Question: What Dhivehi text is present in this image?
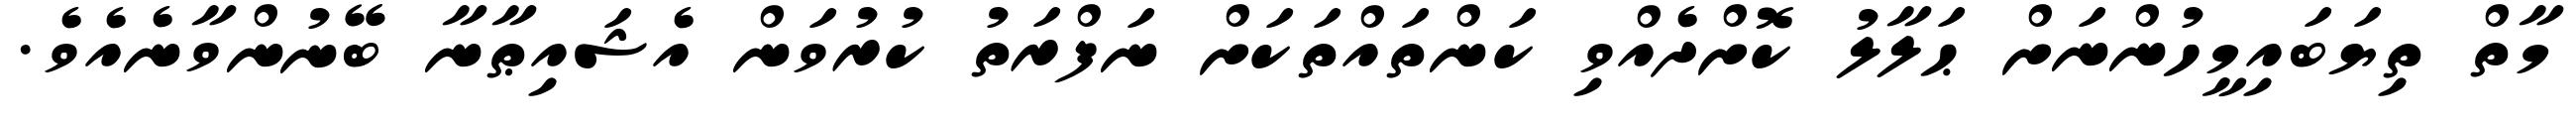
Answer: މާތް ތިޔަބައިމީހުންނަށް ޙަލާލު ކޮށްދެއްވި ކަންތައްތަކަށް ނަފްރަތު ކުރުވަން އެޝައިޠާނާ ބޭނުންވާނެއެވެ.